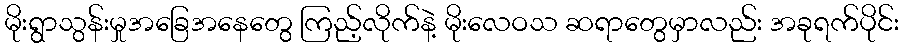
မိုးရွာသွန်းမှုအခြေအနေတွေ ကြည့်လိုက်နဲ့ မိုးလေဝသ ဆရာတွေမှာလည်း အခုရက်ပိုင်း